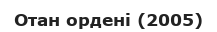
Отан ордені (2005)